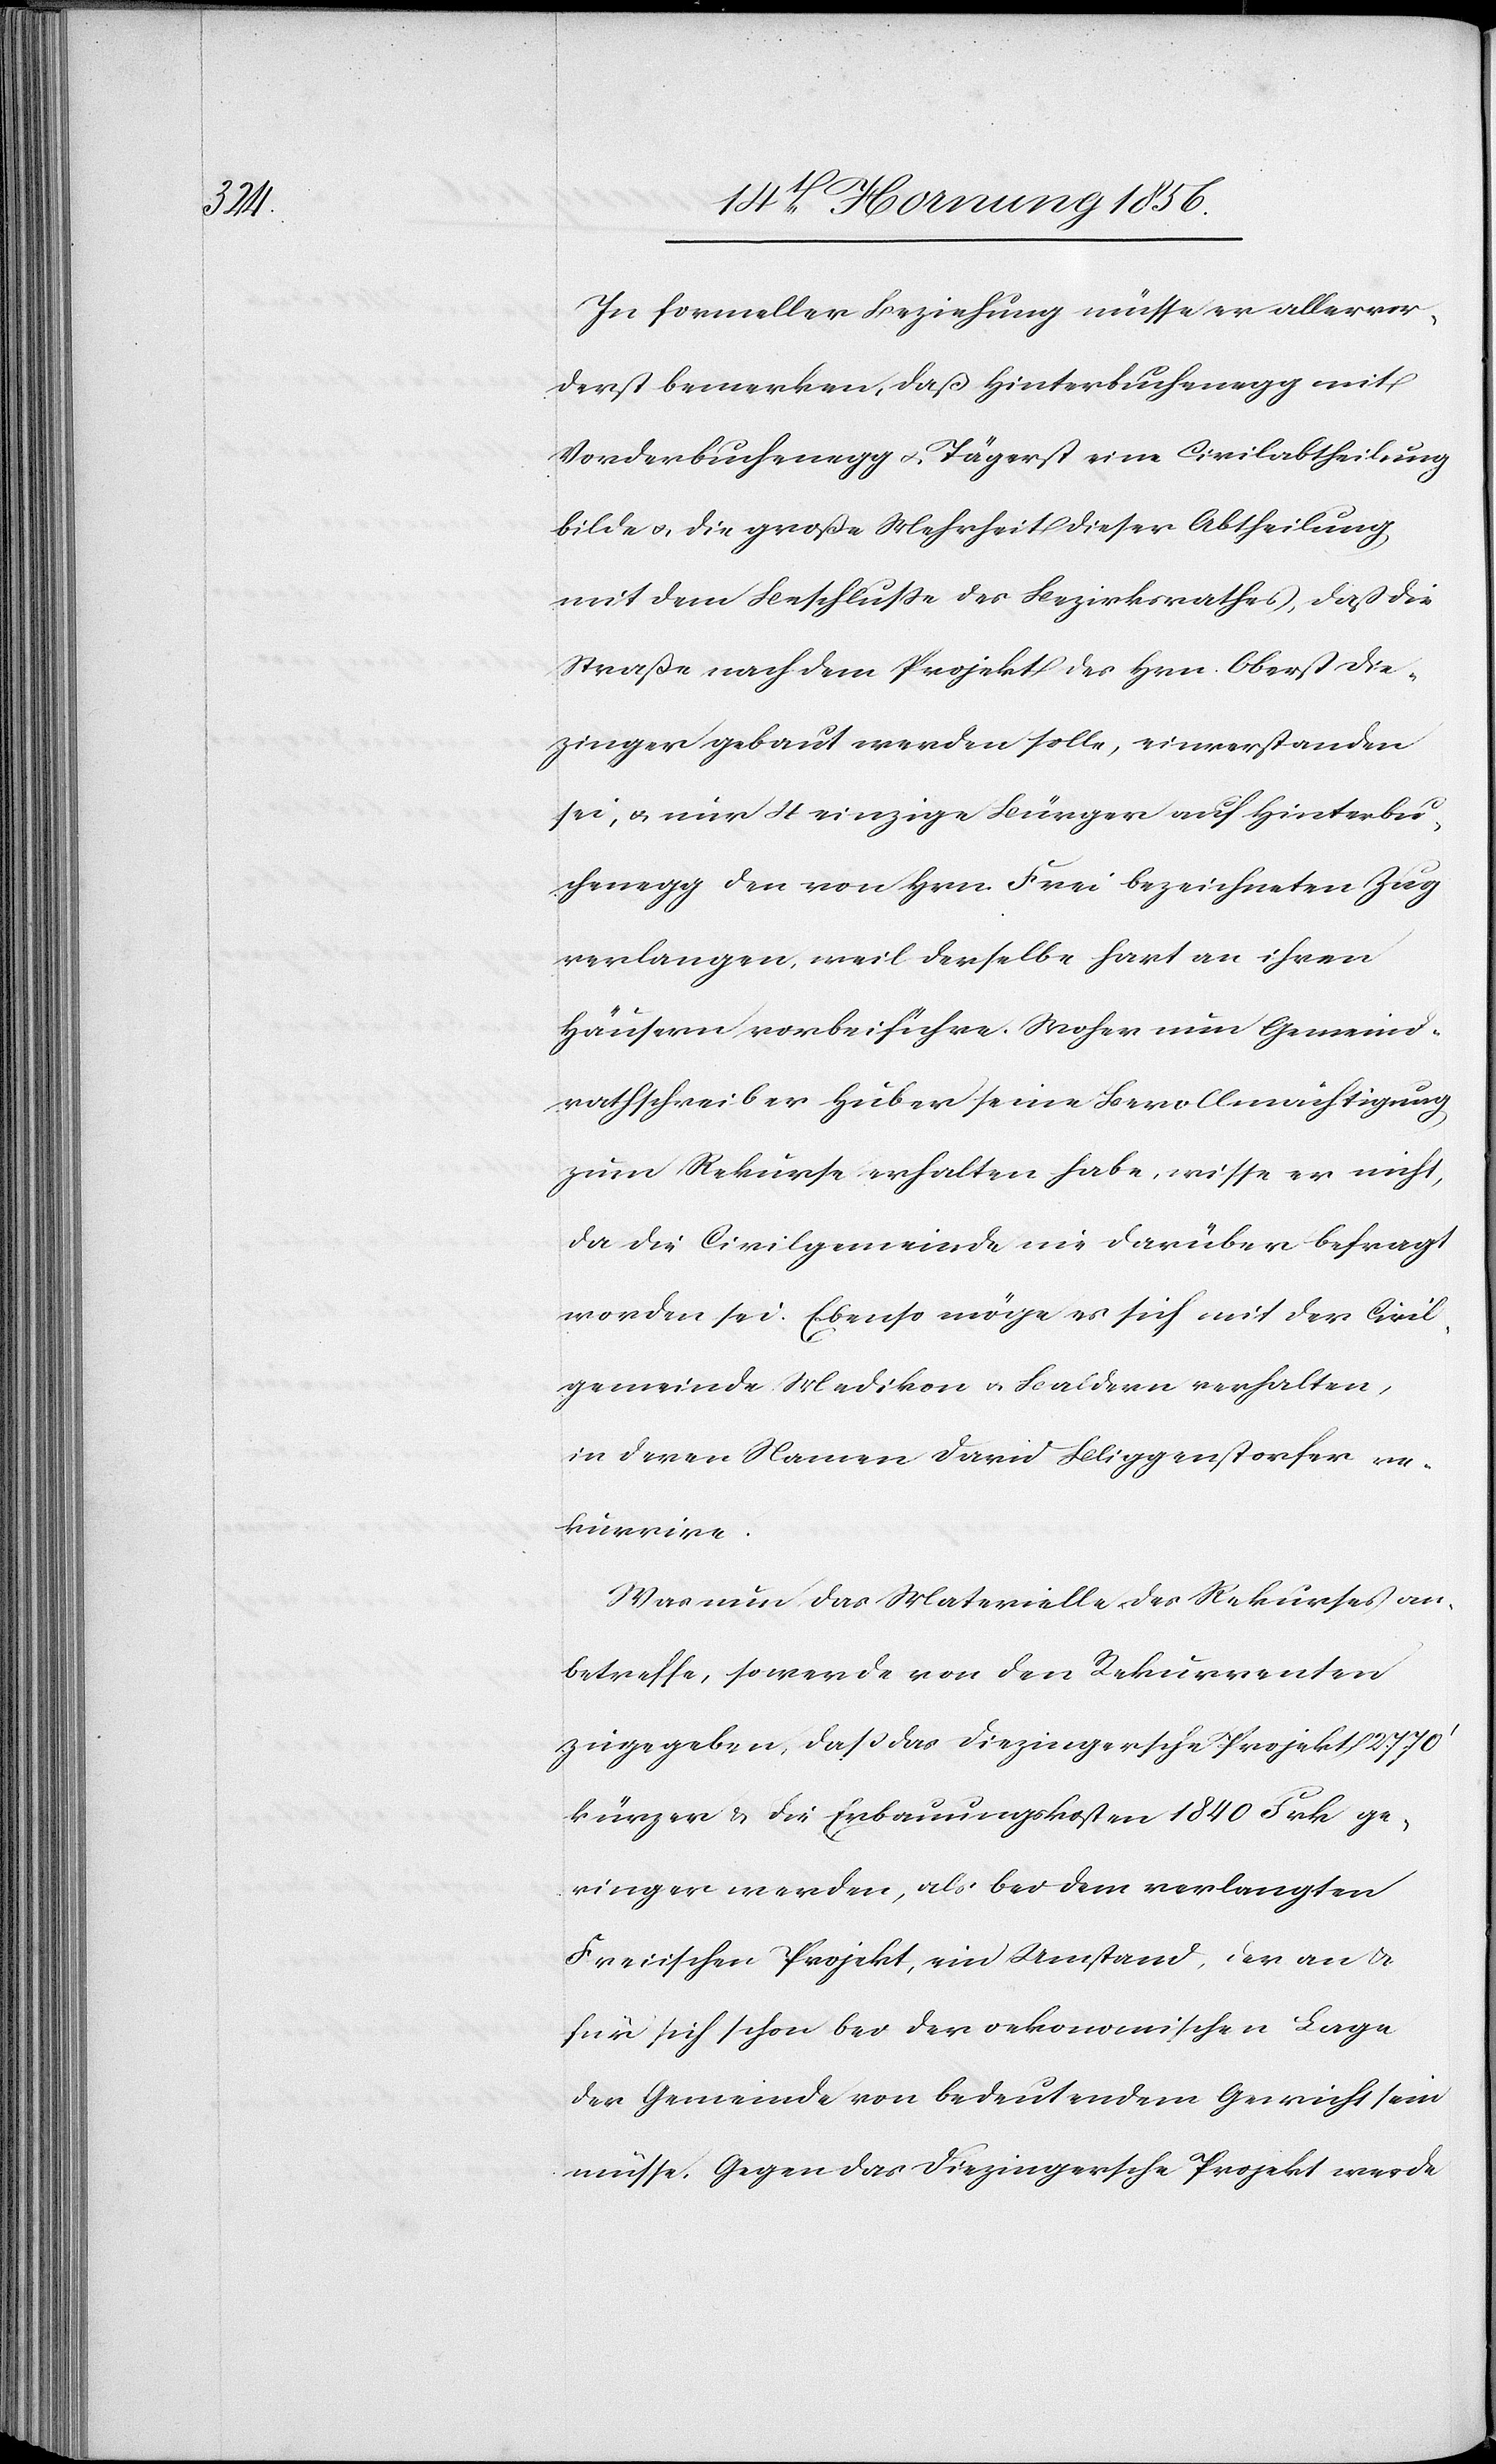
In formeller Beziehung müsse er allervor¬
derst bemerken, daß Hinterbuchenegg mit
Vorderbuchenegg u. Tägerst eine Civilabtheilung
bilde u. die große Mehrheit dieser Abtheilung
mit dem Beschluße des Bezirksrathes, daß die
Straße nach dem Projekt des Hrn. Oberst Die¬
zinger gebaut werden solle, einverstanden
sei, u. nur 4 einzige Bürger auf Hinterbu¬
chenegg den von Hrn. Frei bezeichneten Zug
verlangen, weil derselbe hart an ihren
Häusern vorbeiführe. Woher nun Gemeind¬
rathschreiber Huber seine Bevollmächtigung
zum Rekurse erhalten habe, wisse er nicht,
da die Civilgemeinde nie darüber befragt
worden sei. Ebenso möge es sich mit der Civil¬
gemeinde Medikon u. Baldern verhalten,
in deren Namen David Bliggenstorfer re¬
kurrire.
Was nun das Materielle des Rekurses an¬
betreffe, so werde von den Rekurrenten
zugegeben, daß das Diezingersche Projekt 2770’
kürzer & die Erbauungskosten 1840 Frk ge¬
ringer werden, als bei dem verlangten
Freiischen Projekt, ein Umstand, der an &
für sich schon bei der oekonomischen Lage
der Gemeinde von bedeutendem Gewicht sein
müsse. Gegen das Diezingersche Projekt werde